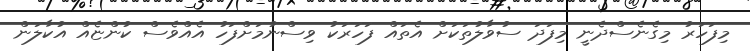
މިފަހަރު މިގެނެސްދެނީ މިފަދަ ސުވާލުތަކަށް އެތައް ފަހަރަކު ވިސްނުމަށްފަހު އެއްވެސް ކުންޏެއް އުކާލަން